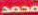
محمد